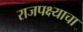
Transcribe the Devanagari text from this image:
राजपक्ष्याचा